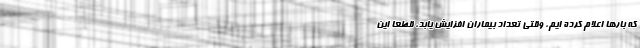
که بارها اعلام کرده ایم، وقتی تعداد بیماران افزایش یابد، قطعا این